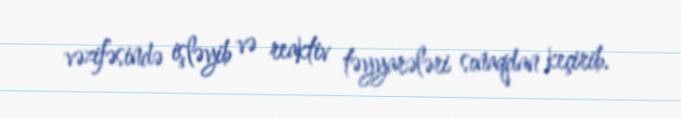
vəzifəsində işləyib və reaktiv təyyarələri sınaqdan keçirib.